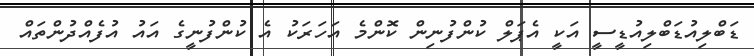
ޑަބްލިއުޑަބްލިއުޑީސީ އަކީ އެޕަލް ކުންފުނިން ކޮންމެ އަހަރަކު އެ ކުންފުނީގެ އައު އުފެއްދުންތައް